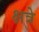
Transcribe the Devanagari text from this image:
क्षत्रे